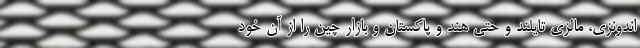
اندونزی، مالزی تایلند و حتی هند و پاکستان و بازار چین را از آن خود